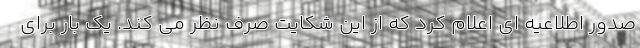
صدور اطلاعیه ای اعلام کرد که از این شکایت صرف نظر می کند. یک بار برای